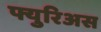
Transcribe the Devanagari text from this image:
फ्युरिअस